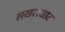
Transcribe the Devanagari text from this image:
लखलखाट